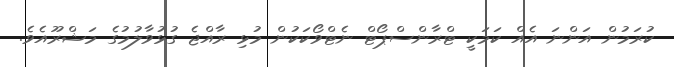
ކުރަމުން އަންނަ އެއް ކަމަކީ ޓްރާންސްޕޯޓް ނެޓްވޯކަކުން މުޅި ރާއްޖެ ގުޅުވާލުމުގެ މަޝްރޫއެވެ.